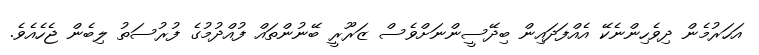
އަހަރުމެން ދިވެހިންނެކޭ އެއްފަދައިން ބިދޭސީންނަށްވެސް ޒަރޫރީ ބޭނުންތައް ފުއްދުމުގެ ފުރުސަތު ލިބެން ޖެހެއެވެ.